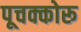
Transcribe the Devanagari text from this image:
पूचक्कोरू